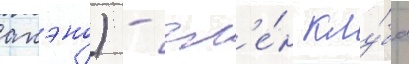
акэно) - чл'е́н клу́ба